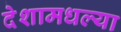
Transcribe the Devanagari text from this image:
देशामधल्या